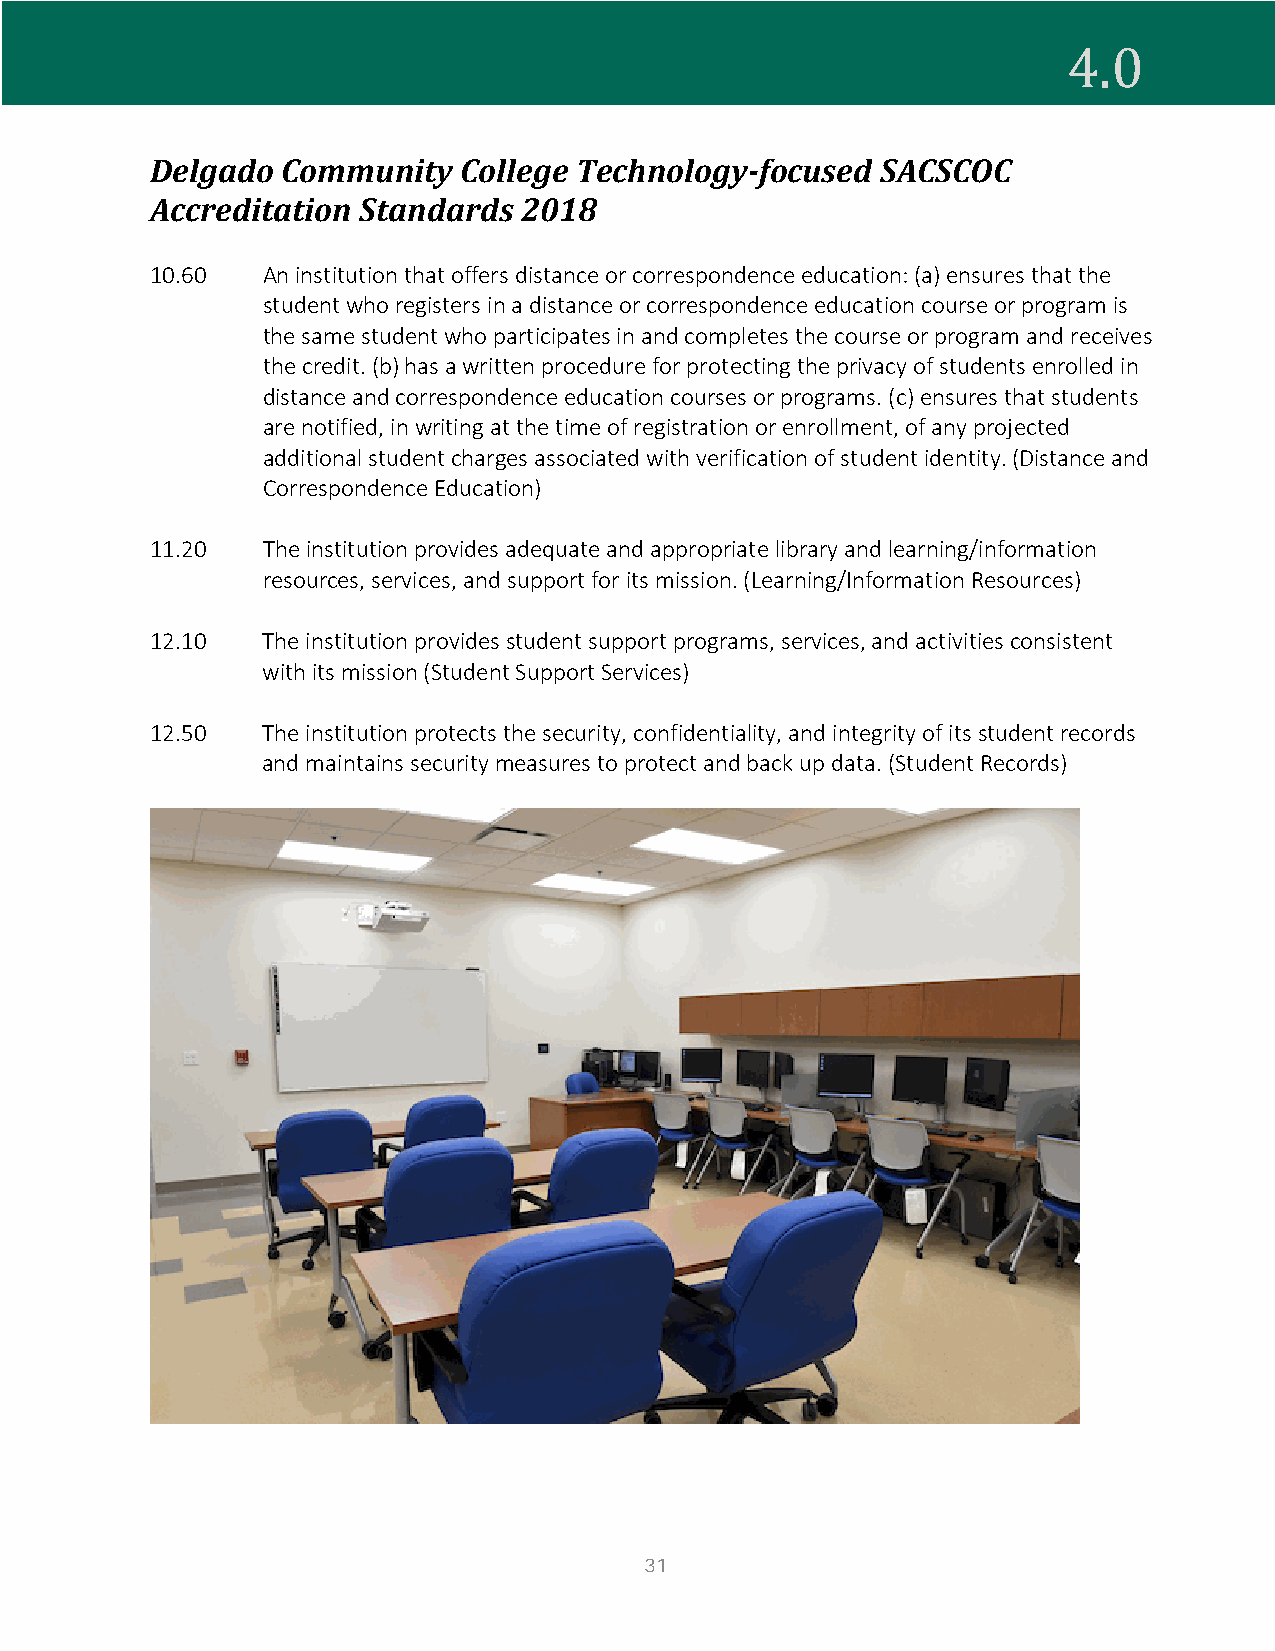
Delgado  Community  College Technology-focused  SACSCOC
 4.0
 Accreditation Standards  2018
 10.60  An institution that offers distance or correspondence education: (a) ensures that the
 student who registers in a distance or correspondence education course or program is
 the same student who participates in and completes the course or program and receives
 the credit. (b) has a written procedure for protecting the privacy of students enrolled in
 distance and correspondence education courses or programs. (c) ensures that students
 are notified, in writing at the time of registration or enrollment, of any projected
 additional student charges associated with verification of student identity. (Distance and
 Correspondence Education)
 11.20  The institution provides adequate and appropriate library and learning/information
 resources, services, and support for its mission. (Learning/Information Resources)
 12.10  The institution provides student support programs, services, and activities consistent
 with its mission (Student Support Services)
 12.50  The institution protects the security, confidentiality, and integrity of its student records
 and maintains security measures to protect and back up data. (Student Records)
 31